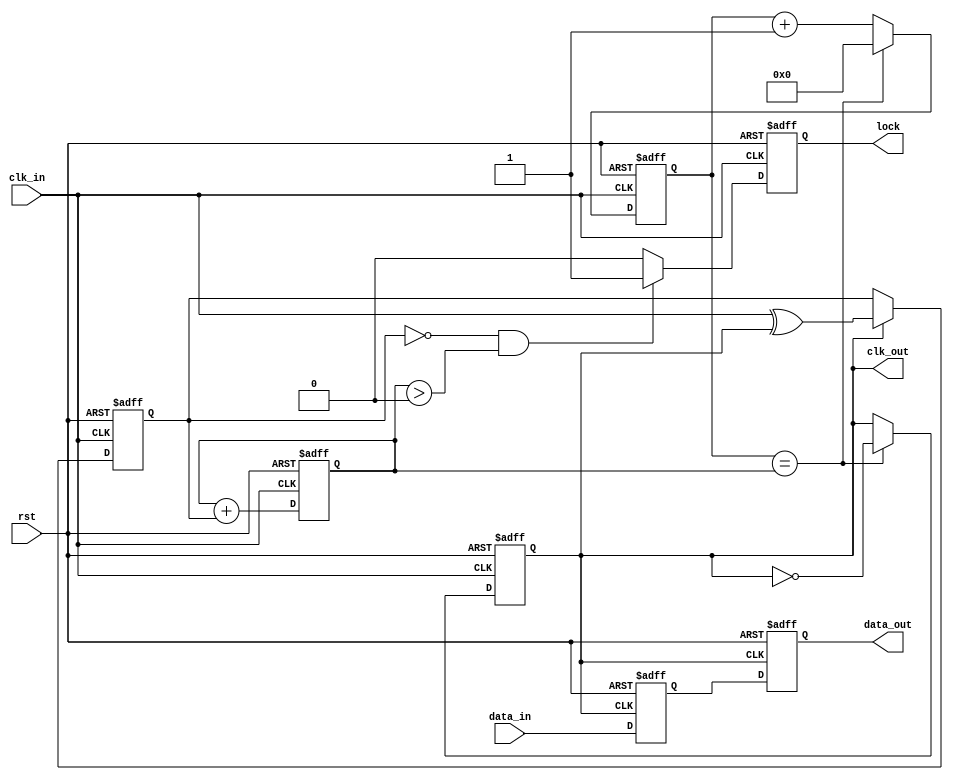
module pll_synchronizer (
    input wire clk_in,            // Incoming clock signal
    input wire data_in,           // Incoming data signal
    input wire rst,               // Asynchronous reset
    output reg clk_out,           // Synchronized output clock
    output reg data_out,          // Synchronized output data
    output reg lock               // Lock indication
);

// Phase Detector
reg phase_err;
always @(posedge clk_in or posedge rst) begin
    if (rst) begin
        phase_err <= 1'b0; // Reset phase error
    end else begin
        // Simple phase comparison logic (Sample logic)
        if (clk_out) begin
            phase_err <= clk_in ^ clk_out; // XOR for basic phase detection
        end
    end
end

// Loop Filter
reg [3:0] filter_out;
always @(posedge clk_in or posedge rst) begin
    if (rst) begin
        filter_out <= 4'b0000; // Reset filter output
    end else begin
        // Simple Low-Pass Filter (1st order for example)
        filter_out <= filter_out + phase_err; // Integrate error signal
    end
end

// Voltage-Controlled Oscillator (VCO)
reg [3:0] vco_count = 0;
always @(posedge clk_in or posedge rst) begin
    if (rst) begin
        vco_count <= 0;
        clk_out <= 0;
    end else if (vco_count == filter_out) begin
        clk_out <= ~clk_out; // Toggle output clock based on control signal
        vco_count <= 0; // Reset count
    end else begin
        vco_count <= vco_count + 1;
    end
end

// Synchronization with multi-stage flip-flop
reg sync_ff1, sync_ff2;
always @(posedge clk_out or posedge rst) begin
    if (rst) begin
        sync_ff1 <= 1'b0;
        sync_ff2 <= 1'b0;
    end else begin
        sync_ff1 <= data_in;  // First stage
        sync_ff2 <= sync_ff1;  // Second stage
    end
end

assign data_out = sync_ff2; // Synchronized output data

// Lock Detection Logic (simplified)
always @(posedge clk_in or posedge rst) begin
    if (rst) begin
        lock <= 1'b0;
    end else begin
        // Simple lock detection logic
        if (phase_err == 1'b0 && (filter_out > 4'b0000)) begin
            lock <= 1'b1; // Indicate locked state
        end else begin
            lock <= 1'b0; // Not locked
        end
    end
end

endmodule